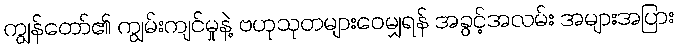
ကျွန်တော်၏ ကျွမ်းကျင်မှုနဲ့ ဗဟုသုတများဝေမျှရန် အခွင့်အလမ်း အများအပြား